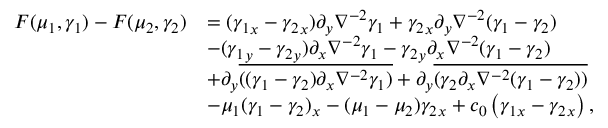
\begin{array} { r l } { F ( \mu _ { 1 } , \gamma _ { 1 } ) - F ( { \mu _ { 2 } , \gamma _ { 2 } } ) } & { = ( { \gamma _ { 1 } } _ { x } - { \gamma _ { 2 } } _ { x } ) \partial _ { y } \nabla ^ { - 2 } \gamma _ { 1 } + { \gamma _ { 2 } } _ { x } \partial _ { y } \nabla ^ { - 2 } ( \gamma _ { 1 } - { \gamma _ { 2 } } ) } \\ & { - ( { \gamma _ { 1 } } _ { y } - { \gamma _ { 2 } } _ { y } ) \partial _ { x } \nabla ^ { - 2 } \gamma _ { 1 } - { \gamma _ { 2 } } _ { y } \partial _ { x } \nabla ^ { - 2 } ( \gamma _ { 1 } - { \gamma _ { 2 } } ) } \\ & { + \partial _ { y } \overline { { ( ( \gamma _ { 1 } - { \gamma _ { 2 } } ) \partial _ { x } \nabla ^ { - 2 } \gamma _ { 1 } ) } } + \partial _ { y } \overline { { ( { \gamma _ { 2 } } \partial _ { x } \nabla ^ { - 2 } ( \gamma _ { 1 } - { \gamma _ { 2 } } ) ) } } } \\ & { - \mu _ { 1 } ( \gamma _ { 1 } - \gamma _ { 2 } ) _ { x } - ( \mu _ { 1 } - \mu _ { 2 } ) { \gamma _ { 2 } } _ { x } + c _ { 0 } \left( { \gamma _ { 1 } } _ { x } - { \gamma _ { 2 } } _ { x } \right) , } \end{array}